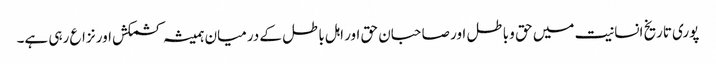
پوری تاریخ انسانیت میں حق و باطل اور صاحبان حق اور اہل باطل کے درمیان ہمیشہ کشمکش اور نزاع رہی ہے۔